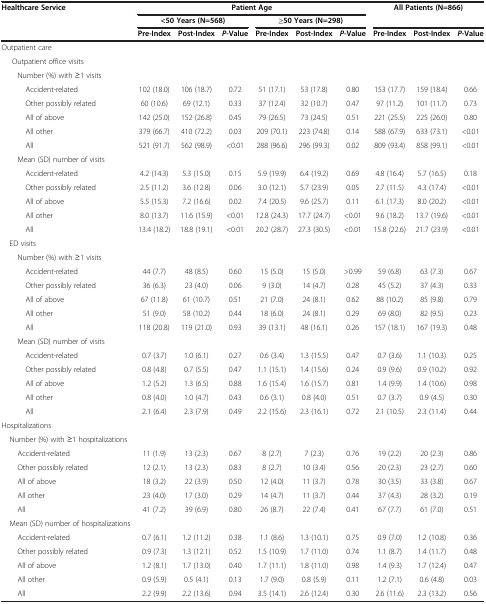
<table><thead><tr><td rowspan="3"><b>Healthcare Service</b></td><td colspan="6"><b>Patient Age</b></td><td rowspan="2" colspan="3"><b>All Patients (N=866)</b></td></tr><tr><td colspan="3"><b>&lt;50 Years (N=568)</b></td><td colspan="3"><b>≥50 Years (N=298)</b></td></tr><tr><td><b>Pre-Index</b></td><td><b>Post-Index</b></td><td><b><i>P</i>-Value</b></td><td><b>Pre-Index</b></td><td><b>Post-Index</b></td><td><b><i>P</i>-Value</b></td><td><b>Pre-Index</b></td><td><b>Post-Index</b></td><td><b><i>P</i>-Value</b></td></tr></thead><tbody><tr><td>Outpatient care</td><td> </td><td> </td><td> </td><td> </td><td> </td><td> </td><td> </td><td> </td><td> </td></tr><tr><td>Outpatient office visits</td><td> </td><td> </td><td> </td><td> </td><td> </td><td> </td><td> </td><td> </td><td> </td></tr><tr><td>Number (%) with ≥1 visits</td><td> </td><td> </td><td> </td><td> </td><td> </td><td> </td><td> </td><td> </td><td> </td></tr><tr><td>Accident-related</td><td>102 (18.0)</td><td>106 (18.7)</td><td>0.72</td><td>51 (17.1)</td><td>53 (17.8)</td><td>0.80</td><td>153 (17.7)</td><td>159 (18.4)</td><td>0.66</td></tr><tr><td>Other possibly related</td><td>60 (10.6)</td><td>69 (12.1)</td><td>0.33</td><td>37 (12.4)</td><td>32 (10.7)</td><td>0.47</td><td>97 (11.2)</td><td>101 (11.7)</td><td>0.73</td></tr><tr><td>All of above</td><td>142 (25.0)</td><td>152 (26.8)</td><td>0.45</td><td>79 (26.5)</td><td>73 (24.5)</td><td>0.51</td><td>221 (25.5)</td><td>225 (26.0)</td><td>0.80</td></tr><tr><td>All other</td><td>379 (66.7)</td><td>410 (72.2)</td><td>0.03</td><td>209 (70.1)</td><td>223 (74.8)</td><td>0.14</td><td>588 (67.9)</td><td>633 (73.1)</td><td>&lt;0.01</td></tr><tr><td>All</td><td>521 (91.7)</td><td>562 (98.9)</td><td>&lt;0.01</td><td>288 (96.6)</td><td>296 (99.3)</td><td>0.02</td><td>809 (93.4)</td><td>858 (99.1)</td><td>&lt;0.01</td></tr><tr><td>Mean (SD) number of visits</td><td> </td><td> </td><td> </td><td> </td><td> </td><td> </td><td> </td><td> </td><td> </td></tr><tr><td>Accident-related</td><td>4.2 (14.3)</td><td>5.3 (15.0)</td><td>0.15</td><td>5.9 (19.9)</td><td>6.4 (19.2)</td><td>0.69</td><td>4.8 (16.4)</td><td>5.7 (16.5)</td><td>0.18</td></tr><tr><td>Other possibly related</td><td>2.5 (11.2)</td><td>3.6 (12.8)</td><td>0.06</td><td>3.0 (12.1)</td><td>5.7 (23.9)</td><td>0.05</td><td>2.7 (11.5)</td><td>4.3 (17.4)</td><td>&lt;0.01</td></tr><tr><td>All of above</td><td>5.5 (15.3)</td><td>7.2 (16.6)</td><td>0.02</td><td>7.4 (20.5)</td><td>9.6 (25.7)</td><td>0.11</td><td>6.1 (17.3)</td><td>8.0 (20.2)</td><td>&lt;0.01</td></tr><tr><td>All other</td><td>8.0 (13.7)</td><td>11.6 (15.9)</td><td>&lt;0.01</td><td>12.8 (24.3)</td><td>17.7 (24.7)</td><td>&lt;0.01</td><td>9.6 (18.2)</td><td>13.7 (19.6)</td><td>&lt;0.01</td></tr><tr><td>All</td><td>13.4 (18.2)</td><td>18.8 (19.1)</td><td>&lt;0.01</td><td>20.2 (28.7)</td><td>27.3 (30.5)</td><td>&lt;0.01</td><td>15.8 (22.6)</td><td>21.7 (23.9)</td><td>&lt;0.01</td></tr><tr><td> ED visits</td><td> </td><td> </td><td> </td><td> </td><td> </td><td> </td><td> </td><td> </td><td> </td></tr><tr><td>Number (%) with ≥1 visits</td><td> </td><td> </td><td> </td><td> </td><td> </td><td> </td><td> </td><td> </td><td> </td></tr><tr><td>Accident-related</td><td>44 (7.7)</td><td>48 (8.5)</td><td>0.60</td><td>15 (5.0)</td><td>15 (5.0)</td><td>&gt;0.99</td><td>59 (6.8)</td><td>63 (7.3)</td><td>0.67</td></tr><tr><td>Other possibly related</td><td>36 (6.3)</td><td>23 (4.0)</td><td>0.06</td><td>9 (3.0)</td><td>14 (4.7)</td><td>0.28</td><td>45 (5.2)</td><td>37 (4.3)</td><td>0.33</td></tr><tr><td>All of above</td><td>67 (11.8)</td><td>61 (10.7)</td><td>0.51</td><td>21 (7.0)</td><td>24 (8.1)</td><td>0.62</td><td>88 (10.2)</td><td>85 (9.8)</td><td>0.79</td></tr><tr><td>All other</td><td>51 (9.0)</td><td>58 (10.2)</td><td>0.44</td><td>18 (6.0)</td><td>24 (8.1)</td><td>0.29</td><td>69 (8.0)</td><td>82 (9.5)</td><td>0.23</td></tr><tr><td>All</td><td>118 (20.8)</td><td>119 (21.0)</td><td>0.93</td><td>39 (13.1)</td><td>48 (16.1)</td><td>0.26</td><td>157 (18.1)</td><td>167 (19.3)</td><td>0.48</td></tr><tr><td>Mean (SD) number of visits</td><td> </td><td> </td><td> </td><td> </td><td> </td><td> </td><td> </td><td> </td><td> </td></tr><tr><td>Accident-related</td><td>0.7 (3.7)</td><td>1.0 (6.1)</td><td>0.27</td><td>0.6 (3.4)</td><td>1.3 (15.5)</td><td>0.47</td><td>0.7 (3.6)</td><td>1.1 (10.3)</td><td>0.25</td></tr><tr><td>Other possibly related</td><td>0.8 (4.8)</td><td>0.7 (5.5)</td><td>0.47</td><td>1.1 (15.1)</td><td>1.4 (15.6)</td><td>0.24</td><td>0.9 (9.6)</td><td>0.9 (10.2)</td><td>0.92</td></tr><tr><td>All of above</td><td>1.2 (5.2)</td><td>1.3 (6.5)</td><td>0.88</td><td>1.6 (15.4)</td><td>1.6 (15.7)</td><td>0.81</td><td>1.4 (9.9)</td><td>1.4 (10.6)</td><td>0.98</td></tr><tr><td>All other</td><td>0.8 (4.0)</td><td>1.0 (4.7)</td><td>0.43</td><td>0.6 (3.1)</td><td>0.8 (4.0)</td><td>0.51</td><td>0.7 (3.7)</td><td>0.9 (4.5)</td><td>0.30</td></tr><tr><td>All</td><td>2.1 (6.4)</td><td>2.3 (7.9)</td><td>0.49</td><td>2.2 (15.6)</td><td>2.3 (16.1)</td><td>0.72</td><td>2.1 (10.5)</td><td>2.3 (11.4)</td><td>0.44</td></tr><tr><td>Hospitalizations</td><td> </td><td> </td><td> </td><td> </td><td> </td><td> </td><td> </td><td> </td><td> </td></tr><tr><td> Number (%) with ≥1 hospitalizations</td><td> </td><td> </td><td> </td><td> </td><td> </td><td> </td><td> </td><td> </td><td> </td></tr><tr><td>Accident-related</td><td>11 (1.9)</td><td>13 (2.3)</td><td>0.67</td><td>8 (2.7)</td><td>7 (2.3)</td><td>0.76</td><td>19 (2.2)</td><td>20 (2.3)</td><td>0.86</td></tr><tr><td>Other possibly related</td><td>12 (2.1)</td><td>13 (2.3)</td><td>0.83</td><td>8 (2.7)</td><td>10 (3.4)</td><td>0.56</td><td>20 (2.3)</td><td>23 (2.7)</td><td>0.60</td></tr><tr><td>All of above</td><td>18 (3.2)</td><td>22 (3.9)</td><td>0.50</td><td>12 (4.0)</td><td>11 (3.7)</td><td>0.78</td><td>30 (3.5)</td><td>33 (3.8)</td><td>0.67</td></tr><tr><td>All other</td><td>23 (4.0)</td><td>17 (3.0)</td><td>0.29</td><td>14 (4.7)</td><td>11 (3.7)</td><td>0.44</td><td>37 (4.3)</td><td>28 (3.2)</td><td>0.19</td></tr><tr><td>All</td><td>41 (7.2)</td><td>39 (6.9)</td><td>0.80</td><td>26 (8.7)</td><td>22 (7.4)</td><td>0.41</td><td>67 (7.7)</td><td>61 (7.0)</td><td>0.51</td></tr><tr><td> Mean (SD) number of hospitalizations</td><td> </td><td> </td><td> </td><td> </td><td> </td><td> </td><td> </td><td> </td><td> </td></tr><tr><td>Accident-related</td><td>0.7 (6.1)</td><td>1.2 (11.2)</td><td>0.38</td><td>1.1 (8.6)</td><td>1.3 (10.1)</td><td>0.75</td><td>0.9 (7.0)</td><td>1.2 (10.8)</td><td>0.36</td></tr><tr><td>Other possibly related</td><td>0.9 (7.3)</td><td>1.3 (12.1)</td><td>0.52</td><td>1.5 (10.9)</td><td>1.7 (11.0)</td><td>0.74</td><td>1.1 (8.7)</td><td>1.4 (11.7)</td><td>0.48</td></tr><tr><td>All of above</td><td>1.2 (8.1)</td><td>1.7 (13.0)</td><td>0.40</td><td>1.7 (11.1)</td><td>1.8 (11.0)</td><td>0.98</td><td>1.4 (9.3)</td><td>1.7 (12.4)</td><td>0.47</td></tr><tr><td>All other</td><td>0.9 (5.9)</td><td>0.5 (4.1)</td><td>0.13</td><td>1.7 (9.0)</td><td>0.8 (5.9)</td><td>0.11</td><td>1.2 (7.1)</td><td>0.6 (4.8)</td><td>0.03</td></tr><tr><td>All</td><td>2.2 (9.9)</td><td>2.2 (13.6)</td><td>0.94</td><td>3.5 (14.1)</td><td>2.6 (12.4)</td><td>0.30</td><td>2.6 (11.6)</td><td>2.3 (13.2)</td><td>0.56</td></tr></tbody></table>